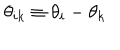
\theta _ { i k } \equiv \theta _ { i } - \theta _ { k }